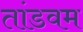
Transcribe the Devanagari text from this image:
तांडवम